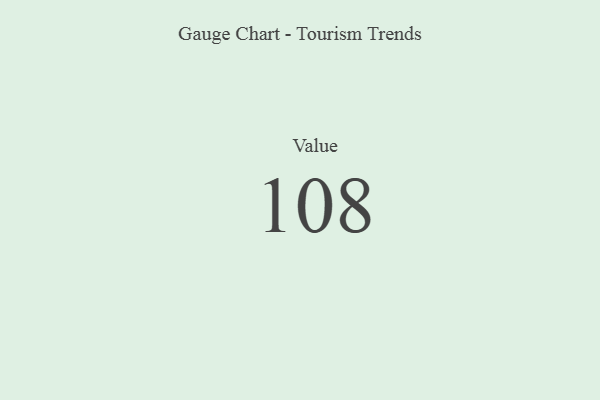
{"axis": {"x": "Metric", "y": "Value"}, "legend": [""], "data": [{"x": "Value", "y": 108, "type": ""}]}